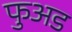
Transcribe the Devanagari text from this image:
फुअड